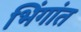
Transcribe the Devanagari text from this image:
भिंगांत